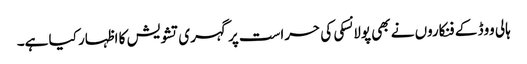
ہالی ووڈ کے فنکاروں نے بھی پولانسکی کی حراست پر گہری تشویش کا اظہار کیا ہے۔